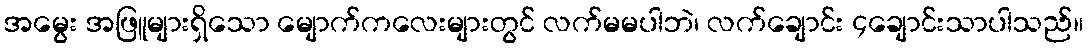
အမွေး အဖြူများရှိသော မျောက်ကလေးများတွင် လက်မမပါဘဲ၊ လက်ချောင်း ၄ချောင်းသာပါသည်။